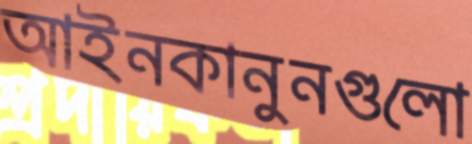
আইনকানুনগুলো